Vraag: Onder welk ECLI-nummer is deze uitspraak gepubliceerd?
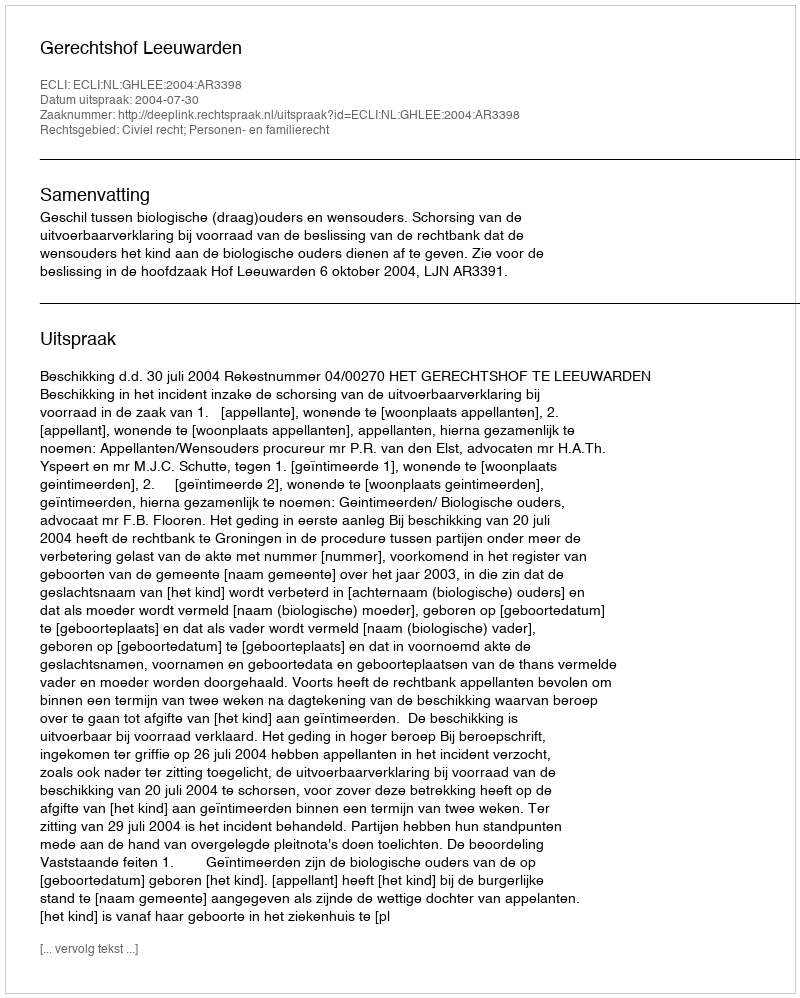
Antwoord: ECLI:NL:GHLEE:2004:AR3398